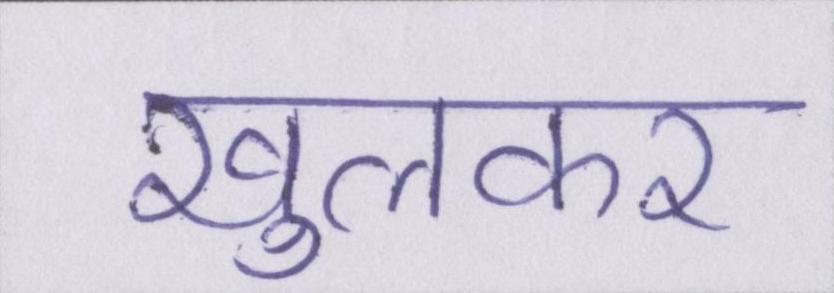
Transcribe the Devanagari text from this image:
खुलकर